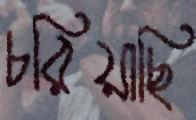
চরিয়াছি